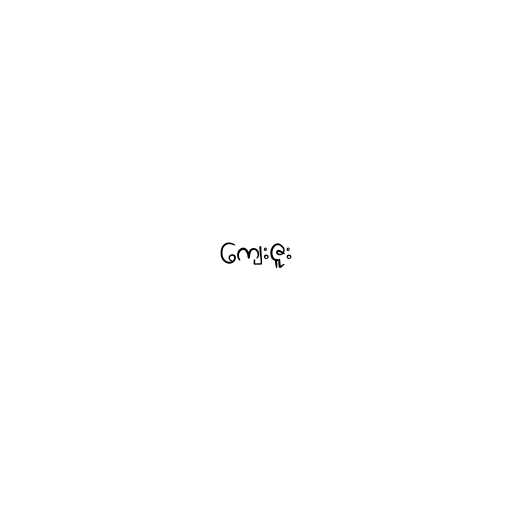
ကျေးဇူး